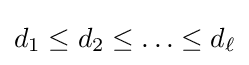
d_{1}\leq d_{2}\leq \ldots \leq d_{\ell }